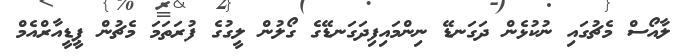
ލާއޯސް މެޗުގައި ނުކުޅެން ދަގަނޑޭ ނިންމައިފިދަގަނޑޭގެ ގޯލުން ލީގުގެ ފުރަތަމަ މެޗުން ޕީޑީއާރްއެމް